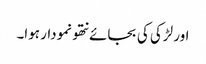
اور لڑکی کی بجائے نتھو نمودار ہوا۔